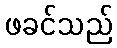
ဖခင်သည်